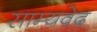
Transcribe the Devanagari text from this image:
साम्‍यवेद